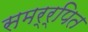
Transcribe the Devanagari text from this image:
समर्र्पित